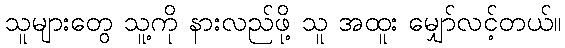
သူများတွေ သူ့ကို နားလည်ဖို့ သူ အထူး မျှော်လင့်တယ်။